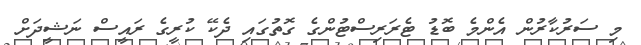
މި ސަރުކާރުން އެންމެ ބޮޑު ޓެރަރިސްޓުންގެ ގޮތުގައި ދެކޭ ކުރީގެ ރައީސް ނަޝީދަށް